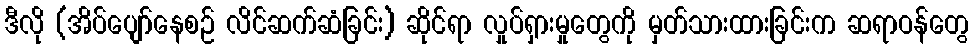
ဒီလို (အိပ်ပျော်နေစဉ် လိင်ဆက်ဆံခြင်း) ဆိုင်ရာ လှုပ်ရှားမှုတွေကို မှတ်သားထားခြင်းက ဆရာဝန်တွေ